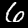
Digit: 6